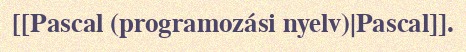
[[Pascal (programozási nyelv)|Pascal]].